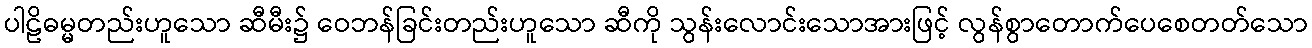
ပါဠိဓမ္မတည်းဟူသော ဆီမီး၌ ဝေဘန်ခြင်းတည်းဟူသော ဆီကို သွန်းလောင်းသောအားဖြင့် လွန်စွာတောက်ပေစေတတ်သော